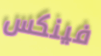
فينكس